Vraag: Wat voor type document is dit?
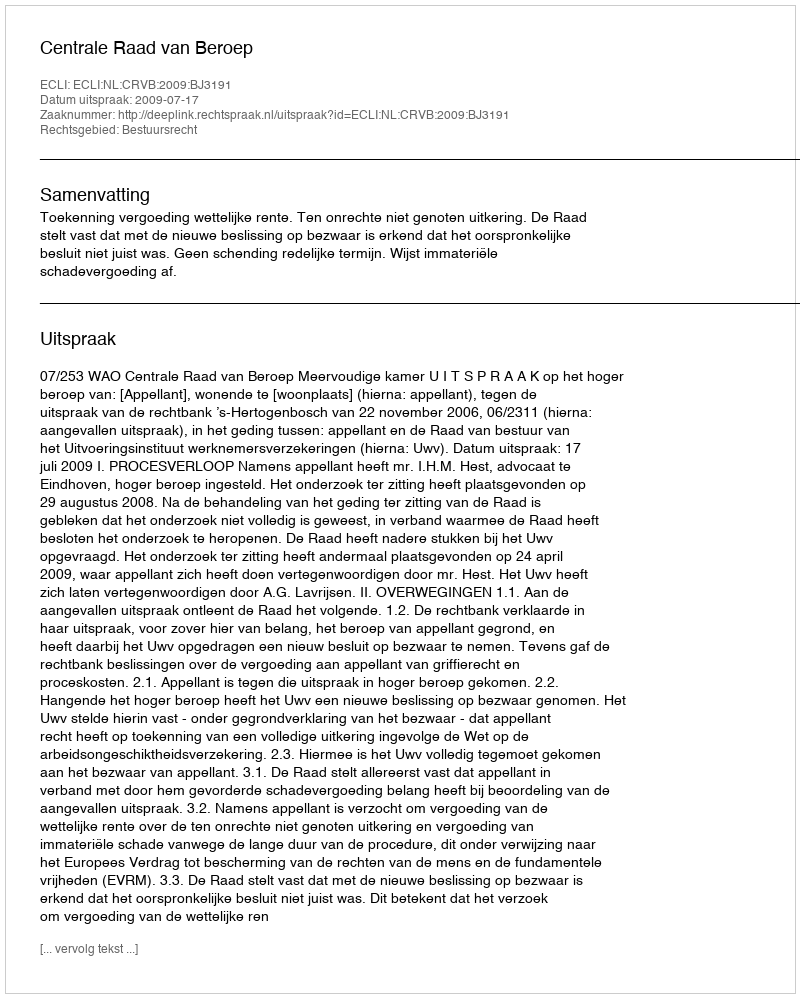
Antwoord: Uitspraak